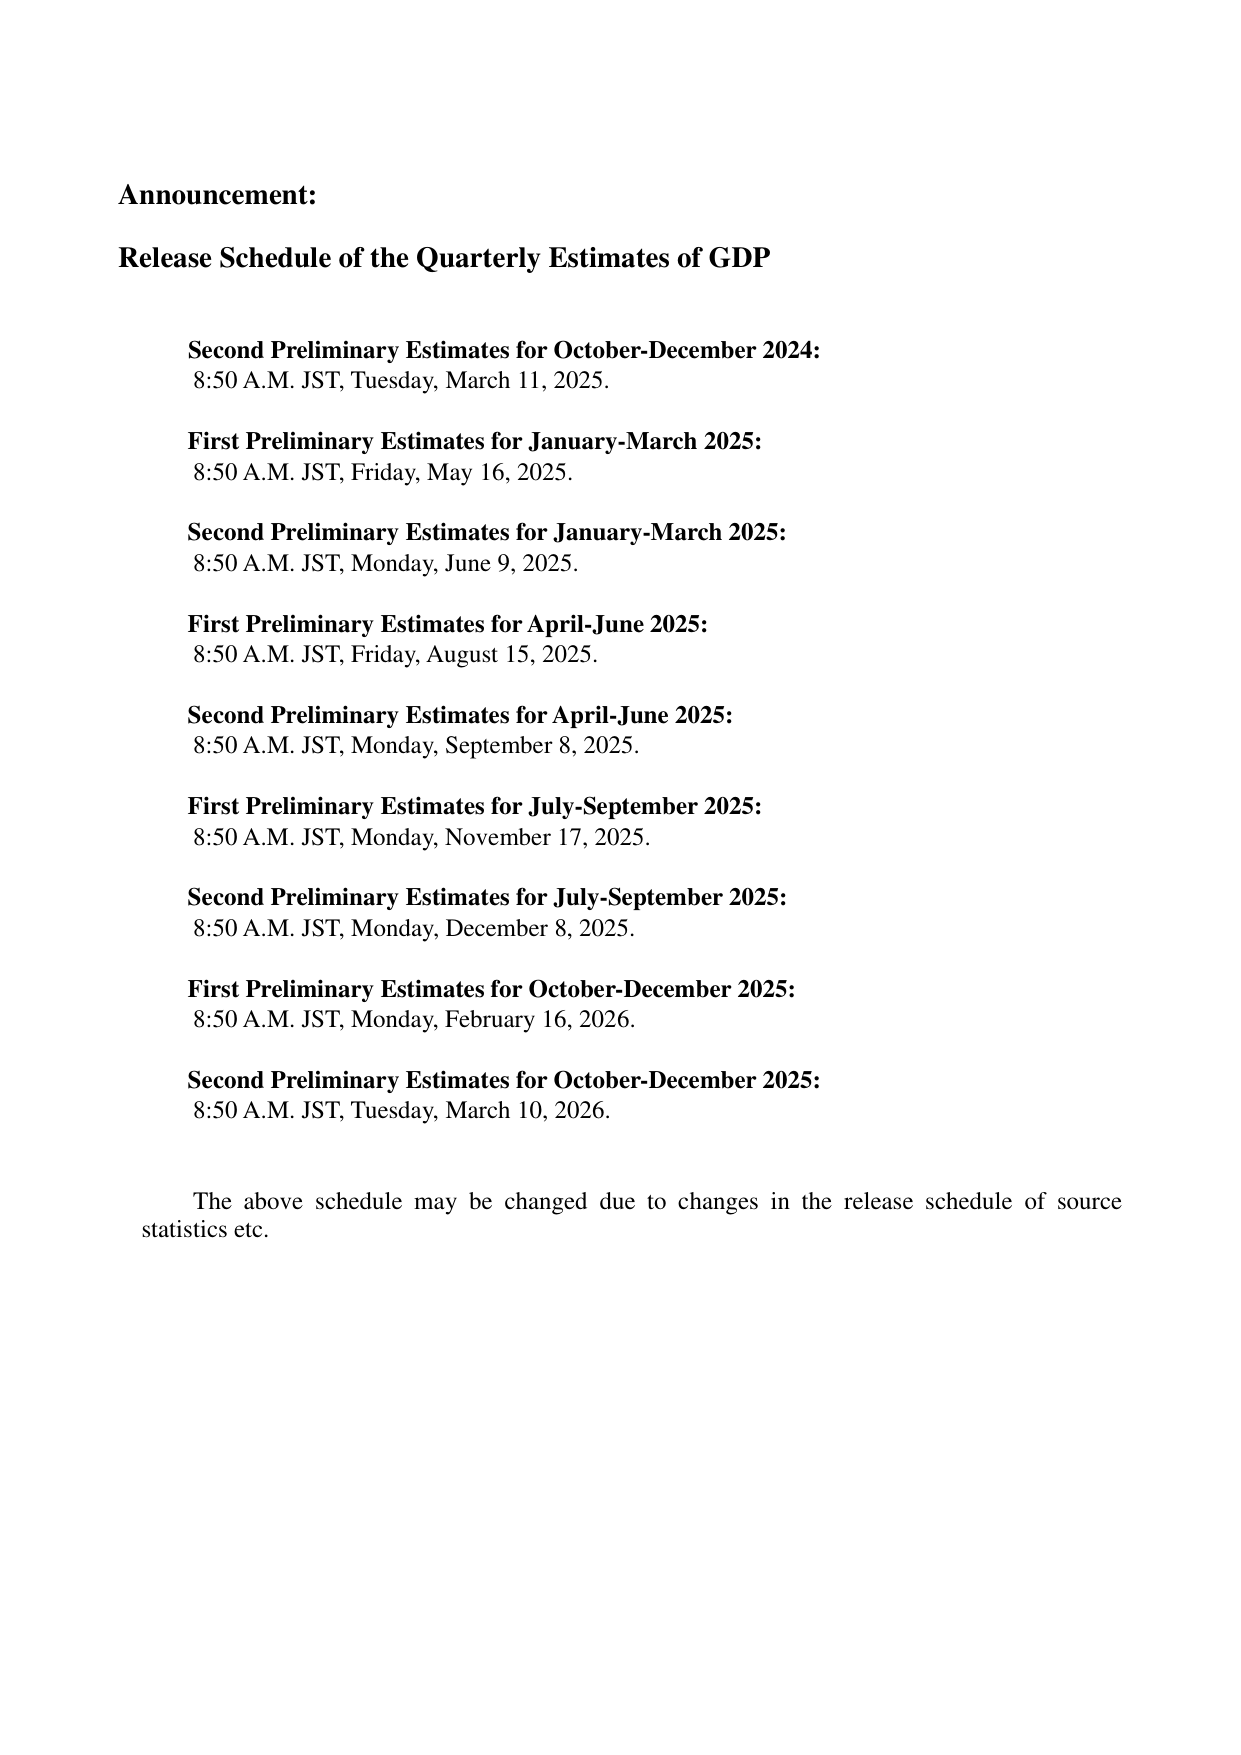
Announcement:

Release Schedule of the Quarterly Estimates of GDP

Second Preliminary Estimates for October-December 2024:
8:50 A.M. JST, Tuesday, March 11, 2025.

First Preliminary Estimates for January-March 2025:
8:50 A.M. JST, Friday, May 16, 2025.

Second Preliminary Estimates for January-March 2025:
8:50 A.M. JST, Monday, June 9, 2025.

First Preliminary Estimates for April-June 2025:
8:50 A.M. JST, Friday, August 15, 2025.

Second Preliminary Estimates for April-June 2025:
8:50 A.M. JST, Monday, September 8, 2025.

First Preliminary Estimates for July-September 2025:
8:50 A.M. JST, Monday, November 17, 2025.

Second Preliminary Estimates for July-September 2025:
8:50 A.M. JST, Monday, December 8, 2025.

First Preliminary Estimates for October-December 2025:
8:50 A.M. JST, Monday, February 16, 2026.

Second Preliminary Estimates for October-December 2025:
8:50 A.M. JST, Tuesday, March 10, 2026.

The above schedule may be changed due to changes in the release schedule of source statistics etc.